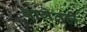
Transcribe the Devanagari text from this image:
बागेतही